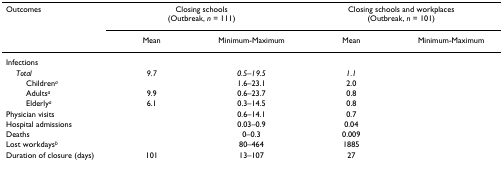
<table><thead><tr><td><b>Outcomes</b></td><td colspan="2"><b>Closing schools(Outbreak, <i>n </i>= 111)</b></td><td colspan="2"><b>Closing schools and workplaces(Outbreak, <i>n </i>= 101)</b></td></tr><tr><td>[EMPTY_CELL]</td><td><b>Mean</b></td><td><b>Minimum-Maximum</b></td><td><b>Mean</b></td><td><b>Minimum-Maximum</b></td></tr></thead><tbody><tr><td>Infections</td><td>[EMPTY_CELL]</td><td>[EMPTY_CELL]</td><td>[EMPTY_CELL]</td><td>[EMPTY_CELL]</td></tr><tr><td> <i>Total</i></td><td><i>9.7</i></td><td><i>0.5–19.5</i></td><td><i>1.1</i></td><td>[EMPTY_CELL]</td></tr><tr><td>Children<sup><i>a</i></sup></td><td>[EMPTY_CELL]</td><td>1.6–23.1</td><td>2.0</td><td>[EMPTY_CELL]</td></tr><tr><td>Adults<sup><i>a</i></sup></td><td>9.9</td><td>0.6–23.7</td><td>0.8</td><td>[EMPTY_CELL]</td></tr><tr><td>Elderly<sup><i>a</i></sup></td><td>6.1</td><td>0.3–14.5</td><td>0.8</td><td>[EMPTY_CELL]</td></tr><tr><td>Physician visits</td><td>[EMPTY_CELL]</td><td>0.6–14.1</td><td>0.7</td><td>[EMPTY_CELL]</td></tr><tr><td>Hospital admissions</td><td>[EMPTY_CELL]</td><td>0.03–0.9</td><td>0.04</td><td>[EMPTY_CELL]</td></tr><tr><td>Deaths</td><td>[EMPTY_CELL]</td><td>0–0.3</td><td>0.009</td><td>[EMPTY_CELL]</td></tr><tr><td>Lost workdays<sup><i>b</i></sup></td><td>[EMPTY_CELL]</td><td>80–464</td><td>1885</td><td>[EMPTY_CELL]</td></tr><tr><td>Duration of closure (days)</td><td>101</td><td>13–107</td><td>27</td><td>[EMPTY_CELL]</td></tr></tbody></table>